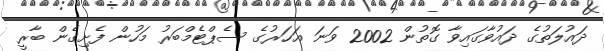
ދައުލަތުގެ ދައުވާގައިވާ ގޮތުން 2002 ވަނަ އަހަރުގެ ސެޕްޓެމްބަރު މަހުން ފެށިގެން ބާރީ